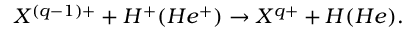
X ^ { ( q - 1 ) + } + H ^ { + } ( H e ^ { + } ) \rightarrow X ^ { q + } + H ( H e ) .